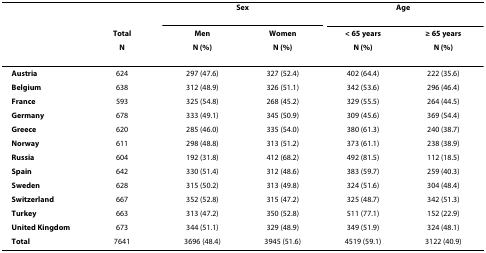
<table><thead><tr><td></td><td></td><td colspan="2"><b>Sex</b></td><td colspan="2"><b>Age</b></td></tr><tr><td></td><td><b>Total</b></td><td><b>Men</b></td><td><b>Women</b></td><td><b>&lt; 65 years</b></td><td><b>≥ 65 years</b></td></tr><tr><td></td><td><b>N</b></td><td><b>N (%)</b></td><td><b>N (%)</b></td><td><b>N (%)</b></td><td><b>N (%)</b></td></tr></thead><tbody><tr><td><b>Austria</b></td><td>624</td><td>297 (47.6)</td><td>327 (52.4)</td><td>402 (64.4)</td><td>222 (35.6)</td></tr><tr><td><b>Belgium</b></td><td>638</td><td>312 (48.9)</td><td>326 (51.1)</td><td>342 (53.6)</td><td>296 (46.4)</td></tr><tr><td><b>France</b></td><td>593</td><td>325 (54.8)</td><td>268 (45.2)</td><td>329 (55.5)</td><td>264 (44.5)</td></tr><tr><td><b>Germany</b></td><td>678</td><td>333 (49.1)</td><td>345 (50.9)</td><td>309 (45.6)</td><td>369 (54.4)</td></tr><tr><td><b>Greece</b></td><td>620</td><td>285 (46.0)</td><td>335 (54.0)</td><td>380 (61.3)</td><td>240 (38.7)</td></tr><tr><td><b>Norway</b></td><td>611</td><td>298 (48.8)</td><td>313 (51.2)</td><td>373 (61.1)</td><td>238 (38.9)</td></tr><tr><td><b>Russia</b></td><td>604</td><td>192 (31.8)</td><td>412 (68.2)</td><td>492 (81.5)</td><td>112 (18.5)</td></tr><tr><td><b>Spain</b></td><td>642</td><td>330 (51.4)</td><td>312 (48.6)</td><td>383 (59.7)</td><td>259 (40.3)</td></tr><tr><td><b>Sweden</b></td><td>628</td><td>315 (50.2)</td><td>313 (49.8)</td><td>324 (51.6)</td><td>304 (48.4)</td></tr><tr><td><b>Switzerland</b></td><td>667</td><td>352 (52.8)</td><td>315 (47.2)</td><td>325 (48.7)</td><td>342 (51.3)</td></tr><tr><td><b>Turkey</b></td><td>663</td><td>313 (47.2)</td><td>350 (52.8)</td><td>511 (77.1)</td><td>152 (22.9)</td></tr><tr><td><b>United Kingdom</b></td><td>673</td><td>344 (51.1)</td><td>329 (48.9)</td><td>349 (51.9)</td><td>324 (48.1)</td></tr><tr><td><b>Total</b></td><td>7641</td><td>3696 (48.4)</td><td>3945 (51.6)</td><td>4519 (59.1)</td><td>3122 (40.9)</td></tr></tbody></table>